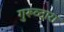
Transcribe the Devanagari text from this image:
गुरूव्‍दारा